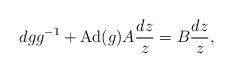
LaTeX: \begin{align*}dgg^{-1}+{\rm Ad}(g)A\frac{dz}{z}=B\frac{dz}{z},\end{align*}